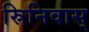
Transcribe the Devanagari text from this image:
स्रिनिवास्